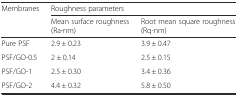
<table><thead><tr><td rowspan="2"><b>Membranes</b></td><td colspan="2"><b>Roughness parameters</b></td></tr><tr><td><b>Mean surface roughness (Ra-nm)</b></td><td><b>Root mean square roughness (Rq-nm)</b></td></tr></thead><tbody><tr><td>Pure PSF</td><td>2.9 ± 0.23</td><td>3.9 ± 0.47</td></tr><tr><td>PSF/GO-0.5</td><td>2 ± 0.14</td><td>2.5 ± 0.15</td></tr><tr><td>PSF/GO-1</td><td>2.5 ± 0.30</td><td>3.4 ± 0.36</td></tr><tr><td>PSF/GO-2</td><td>4.4 ± 0.32</td><td>5.8 ± 0.50</td></tr></tbody></table>